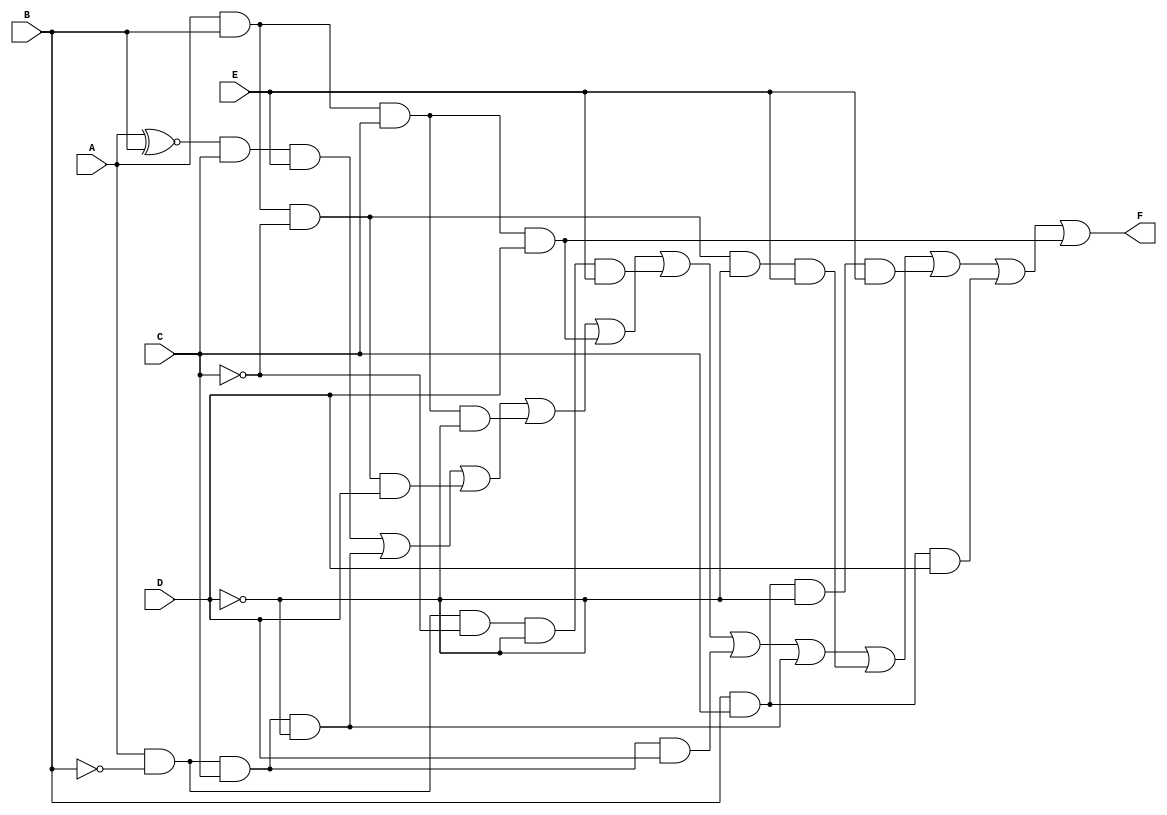
module five_variable_kmap (
    input  wire A,  // Input variable A
    input  wire B,  // Input variable B
    input  wire C,  // Input variable C
    input  wire D,  // Input variable D
    input  wire E,  // Input variable E
    output wire F   // Output function F
);

// Determine the minterms that will produce a '1' for the output F.
// For example, let's assume the following minterms are 1: 
// 0, 1, 3, 4, 5, 7, 8, 9, 10, 14, 15 (which you can change as per your requirement)

assign F = (A ~^ B) & C & E |  // Grouping for minterms
           (A & ~B & C & ~D) | 
           (A & B & ~C & D) | 
           (A & B & C & ~D) | 
           (A & B & C & D) | 
           (A & ~B & ~C & ~D & E) | 
           (A & ~B & C & D) | 
           (A & ~B & C & ~D) | 
           (A & B & ~C & ~D & E) | 
           (B & C & ~D & E) | 
           (B & C & D) | 
           (A & B & C & D);

// The above expression can be modified based on the actual K-map simplification.

endmodule